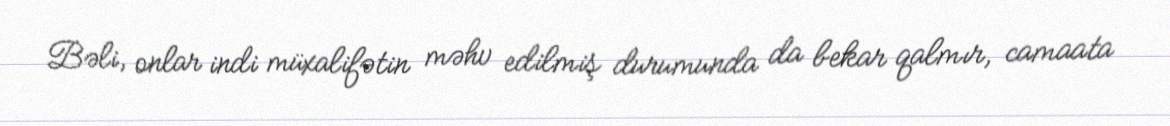
Bəli, onlar indi müxalifətin məhv edilmiş durumunda da bekar qalmır, camaata